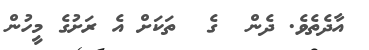
އާދެތެވެ. ދެން  ގެ  ތަކަށް އެ ރަށުގެ މީހުން